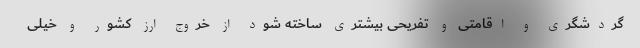
گردشگری و اقامتی و تفریحی بیشتری ساخته شود از خروج ارز کشور و خیلی